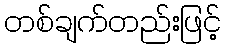
တစ်ချက်တည်းဖြင့်